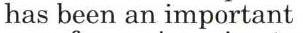
has been an important